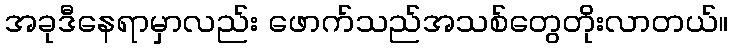
အခုဒီနေရာမှာလည်း ဖောက်သည်အသစ်တွေတိုးလာတယ်။